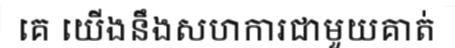
គេ យើងនឹងសហការជាមួយគាត់